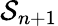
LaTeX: \mathcal{S}_{n+1}